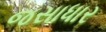
જસાધાર